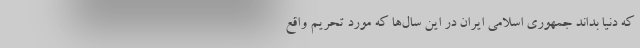
که دنیا بداند جمهوری اسلامی ایران در این سال‌ها که مورد تحریم واقع